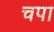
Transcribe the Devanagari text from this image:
चपा